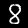
Label: 8